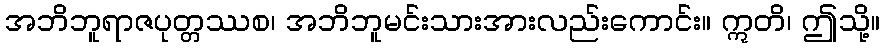
အဘိဘူရာဇပုတ္တဿစ၊ အဘိဘူမင်းသားအားလည်းကောင်း။ ဣတိ၊ ဤသို့။